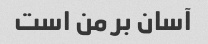
آسان بر من است